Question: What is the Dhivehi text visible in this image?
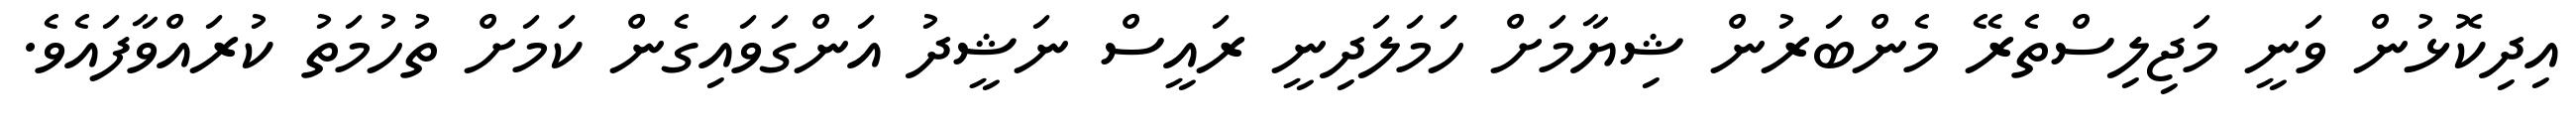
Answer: އިދިކޮޅުން ވަނީ މަޖިލިސްތެރޭ މެންބަރުން ޝިޔާމަށް ހަަމަލަދިނީ ރައީސް ނަޝީދު އަންގަވައިގެން ކަމަށް ތުހުމަތު ކުރައްވާފައެވެ.